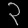
Digit: ၃